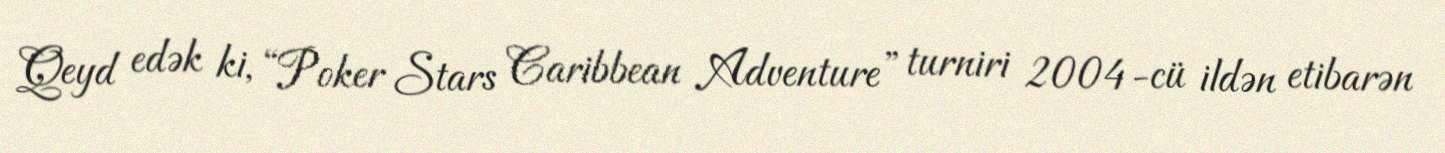
Qeyd edək ki, “Poker Stars Caribbean Adventure” turniri 2004-cü ildən etibarən